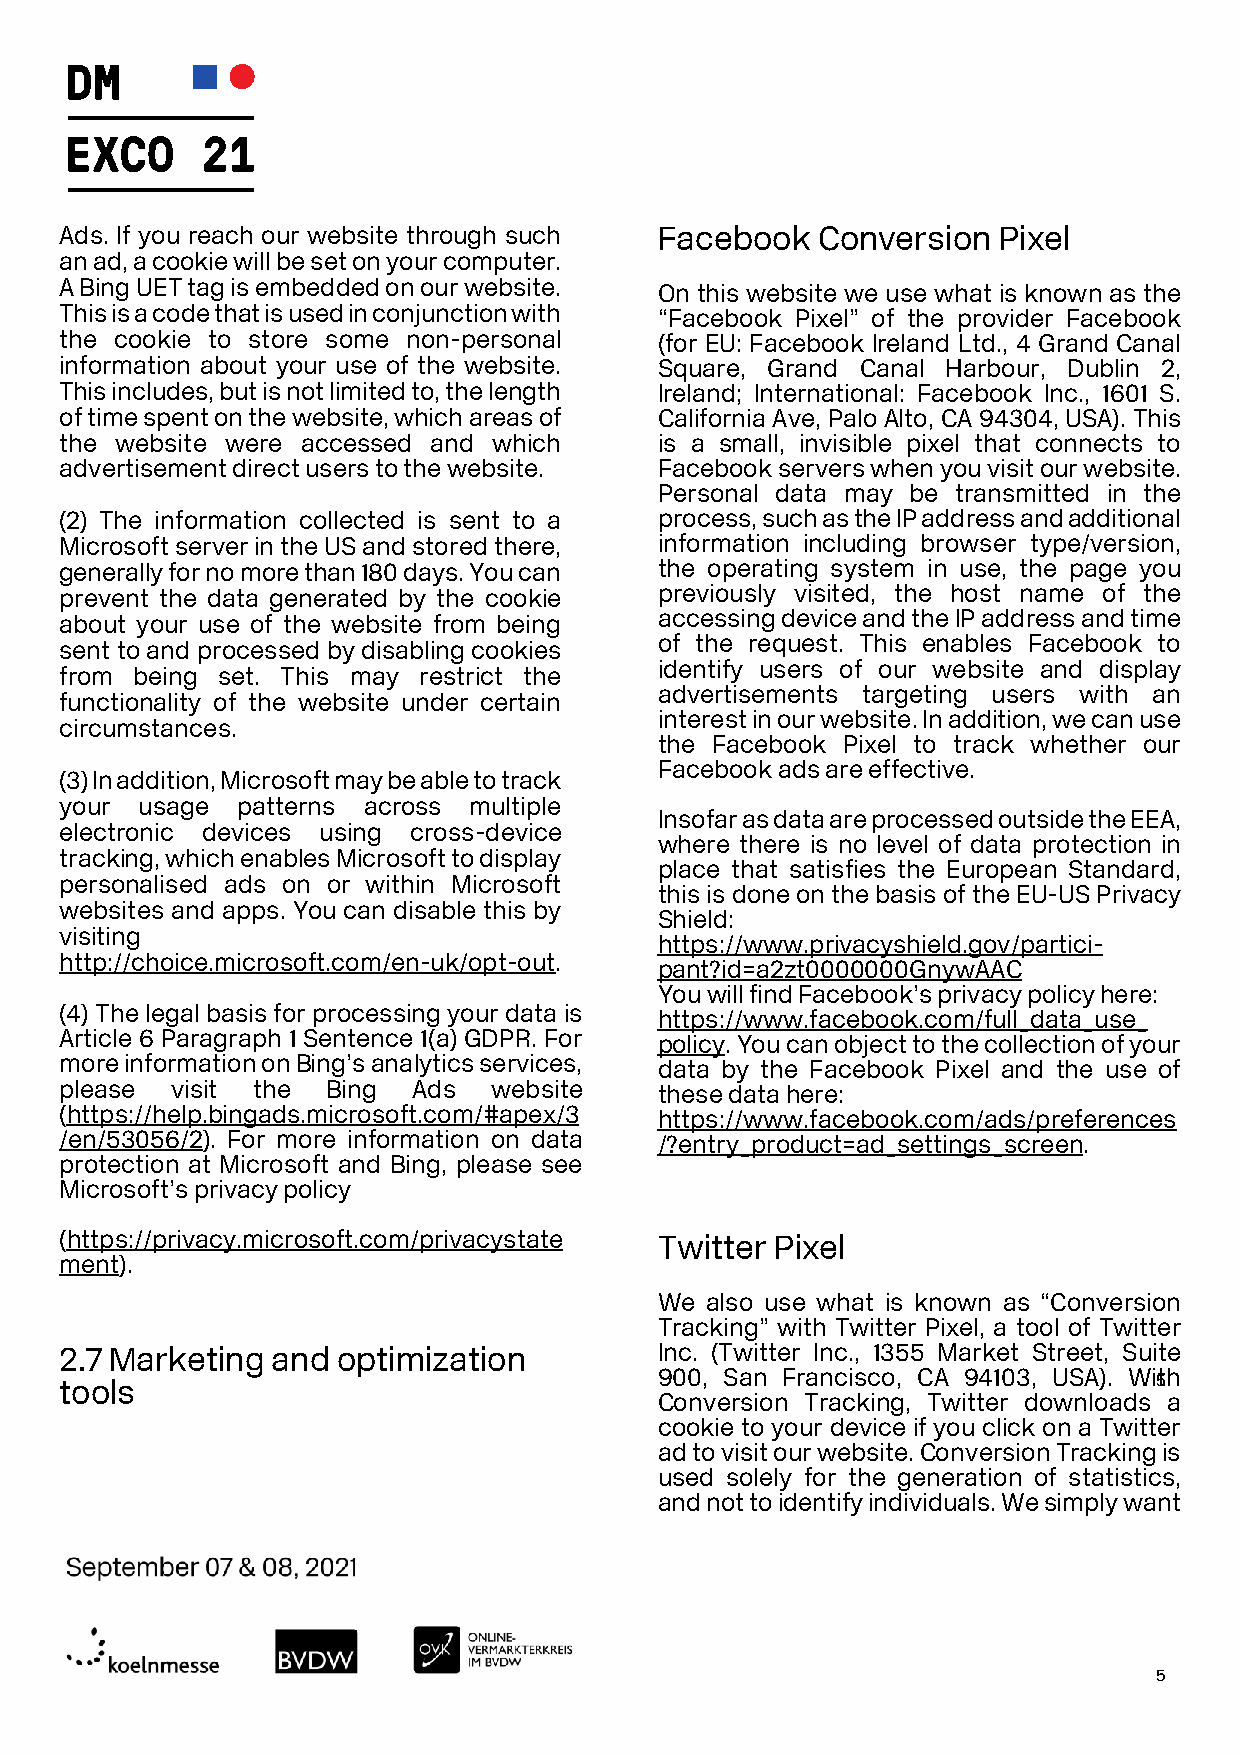
Ads. If you reach our website through such Facebook Conversion Pixel
 an ad, a cookie will be set on your computer.
 A Bing UET tag is embedded on our website.
 On this website we use what is known as the
 This is a code that is used in conjunction with “Facebook Pixel” of the provider Facebook
 the cookie to store some non-personal   (for EU: Facebook Ireland Ltd., 4 Grand Canal
 information about your use of the website. Square, Grand Canal Harbour, Dublin 2,
 This includes, but is not limited to, the length Ireland; International: Facebook Inc., 1601 S.
 of time spent on the website, which areas of California Ave, Palo Alto, CA 94304, USA). This
 the website were accessed and which     is a small, invisible pixel that connects to
 advertisement direct users to the website. Facebook servers when you visit our website.
 Personal data may be transmitted in the
 (2) The information collected is sent to a process, such as the IP address and additional
 Microsoft server in the US and stored there, information including browser type/version,
 generally for no more than 180 days. You can the operating system in use, the page you
 prevent the data generated by the cookie previously visited, the host name of the
 about your use of the website from being accessing device and the IP address and time
 of the request. This enables Facebook to
 sent to and processed by disabling cookies
 identify users of our website and display
 from being set. This may restrict the
 advertisements targeting users with an
 functionality of the website under certain
 interest in our website. In addition, we can use
 circumstances.
 the Facebook Pixel to track whether our
 Facebook ads are effective.
 (3) In addition, Microsoft may be able to track
 your usage  patterns across multiple
 Insofar as data are processed outside the EEA,
 electronic devices using cross-device
 where there is no level of data protection in
 tracking, which enables Microsoft to display
 place that satisfies the European Standard,
 personalised ads on or within Microsoft
 this is done on the basis of the EU-US Privacy
 websites and apps. You can disable this by
 Shield:
 visiting
 https://www.privacyshield.gov/partici-
 http://choice.microsoft.com/en-uk/opt-out.
 pant?id=a2zt0000000GnywAAC
 You will find Facebook’s privacy policy here:
 (4) The legal basis for processing your data is https://www.facebook.com/full_data_use_
 Article 6 Paragraph 1 Sentence 1(a) GDPR. For policy. You can object to the collection of your
 more information on Bing’s analytics services, data by the Facebook Pixel and the use of
 please visit the  Bing Ads   website    these data here:
 (https://help.bingads.microsoft.com/#apex/3 https://www.facebook.com/ads/preferences
 /en/53056/2). For more information on data /?entry_product=ad_settings_screen.
 protection at Microsoft and Bing, please see
 Microsoft’s privacy policy
 (https://privacy.microsoft.com/privacystate Twitter Pixel
 ment).
 We also use what is known as “Conversion
 Tracking” with Twitter Pixel, a tool of Twitter
 2.7 Marketing and optimization          Inc. (Twitter Inc., 1355 Market Street, Suite
 tools
 900, San Francisco, CA 94103, USA). Wi5t h
 Conversion Tracking, Twitter downloads a
 cookie to your device if you click on a Twitter
 ad to visit our website. Conversion Tracking is
 used solely for the generation of statistics,
 and not to identify individuals. We simply want
 5